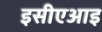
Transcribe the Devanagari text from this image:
इसीएआइ